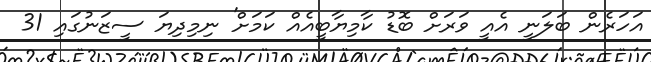
އަހަރެން ބަލަނީ އެއީ ވަރަށް ބޮޑު ކާމިޔާބީއެއް ކަމަށް' ނިމިދިޔަ ސީޒަނުގައި 31